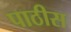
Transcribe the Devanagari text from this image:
पाठीस